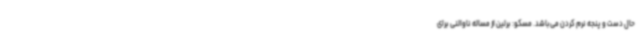
حال دست و پنجه نرم کردن می‌باشد. مسکو: برلین از مساله ناوالنی برای